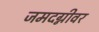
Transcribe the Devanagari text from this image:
जमदग्नीवर